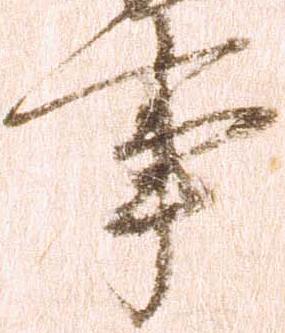
事